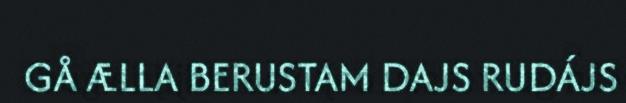
GÅ ÆLLA BERUSTAM DAJS RUDÁJS